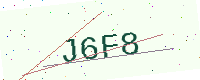
Text: J6F8